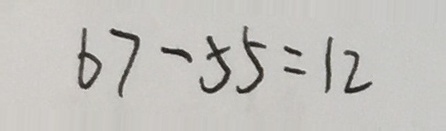
6 7 - 5 5 = 1 2